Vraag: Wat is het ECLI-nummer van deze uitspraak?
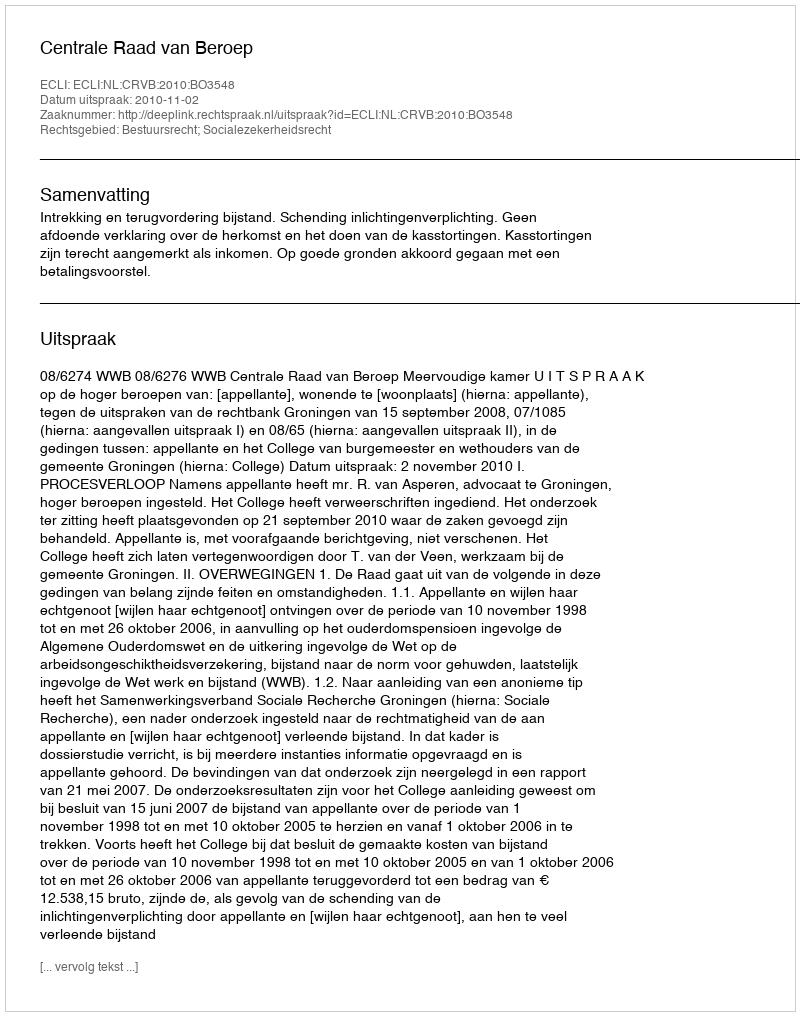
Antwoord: ECLI:NL:CRVB:2010:BO3548